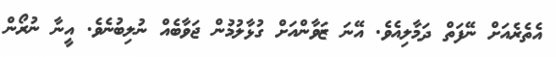
އެތެރެއަށް ނޭފަތް ދަމާލިއެވެ. އޭނަ ޒަވާންއަށް ގުޅާލުމުން ޖަވާބެއް ނުލިބުނެވެ. އީނާ ނުރޯން